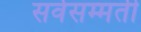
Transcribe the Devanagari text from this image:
सर्वसम्मती